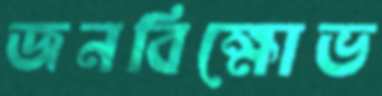
জনবিক্ষোভ